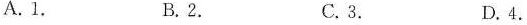
A. 1. B. 2. C. 3. D. 4.